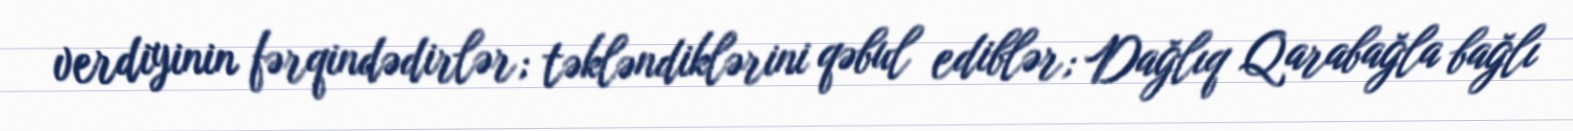
verdiyinin fərqindədirlər; təkləndiklərini qəbul ediblər; Dağlıq Qarabağla bağlı